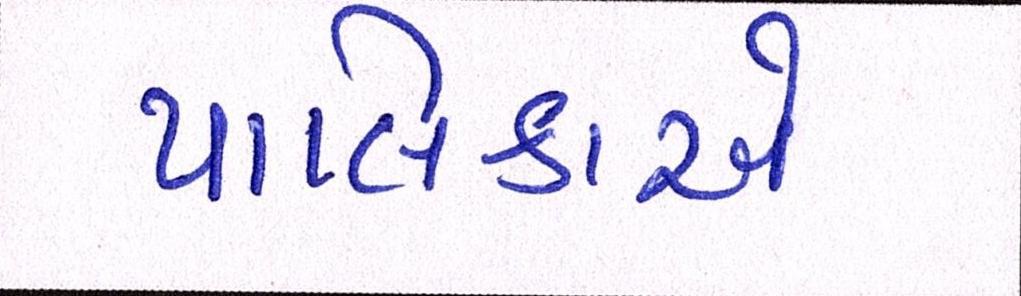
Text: પાલિકાએ